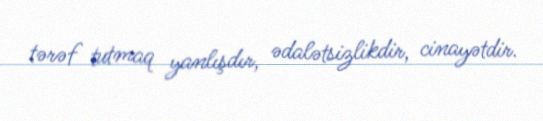
tərəf tutmaq yanlışdır, ədalətsizlikdir, cinayətdir.